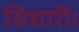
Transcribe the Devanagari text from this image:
सिधारीं।